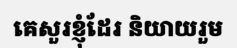
គេសួរខ្ញុំដែរ និយាយរួម